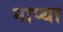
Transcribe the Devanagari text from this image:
नाप्था